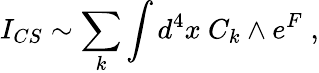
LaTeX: I_{CS}\sim\sum_{k}\int d^{4}x~C_{k}\wedge e^{F}\; ,